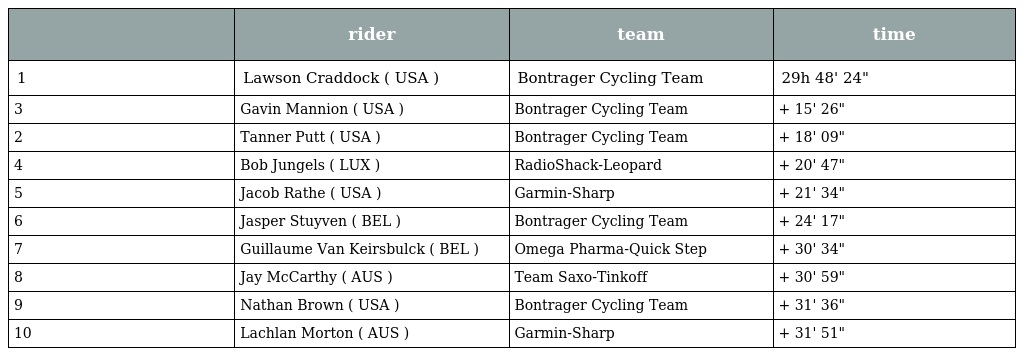
|  | rider | team | time |
 | --- | --- | --- | --- |
 | 1 | Lawson Craddock ( USA ) | Bontrager Cycling Team | 29h 48' 24" |
 | 3 | Gavin Mannion ( USA ) | Bontrager Cycling Team | + 15' 26" |
 | 2 | Tanner Putt ( USA ) | Bontrager Cycling Team | + 18' 09" |
 | 4 | Bob Jungels ( LUX ) | RadioShack-Leopard | + 20' 47" |
 | 5 | Jacob Rathe ( USA ) | Garmin-Sharp | + 21' 34" |
 | 6 | Jasper Stuyven ( BEL ) | Bontrager Cycling Team | + 24' 17" |
 | 7 | Guillaume Van Keirsbulck ( BEL ) | Omega Pharma-Quick Step | + 30' 34" |
 | 8 | Jay McCarthy ( AUS ) | Team Saxo-Tinkoff | + 30' 59" |
 | 9 | Nathan Brown ( USA ) | Bontrager Cycling Team | + 31' 36" |
 | 10 | Lachlan Morton ( AUS ) | Garmin-Sharp | + 31' 51" |